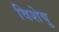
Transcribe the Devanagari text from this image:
विशेषु